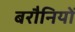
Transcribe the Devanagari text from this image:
बरौनियों